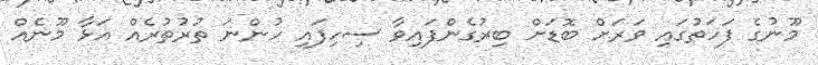
މޫނުގެ ފަހަތުގައި ވަރަށް ބޮޑަށް ބިރުގެންފައިވާ ސިހިފައި ހުންނަ ތުރުތުރެއް އަޅާ މޫނެއް